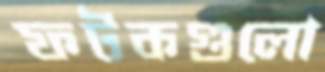
ফটকগুলো